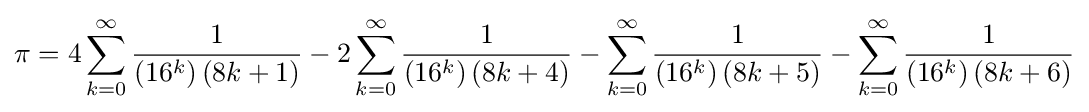
\pi =4\sum _{k=0}^{\infty }{\frac {1}{\left(16^{k}\right)(8k+1)}}-2\sum _{k=0}^{\infty }{\frac {1}{\left(16^{k}\right)(8k+4)}}-\sum _{k=0}^{\infty }{\frac {1}{\left(16^{k}\right)(8k+5)}}-\sum _{k=0}^{\infty }{\frac {1}{\left(16^{k}\right)(8k+6)}}